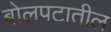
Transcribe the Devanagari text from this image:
बोलपटातील